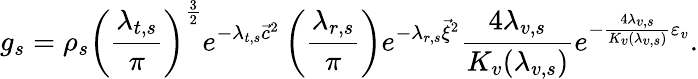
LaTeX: g_{s}=\rho_{s}\left(\frac{\lambda_{t,s}}{\pi}\right)^{\frac{3}{2}}e^{-\lambda_{t,s}{\vec{c}}^{2}}\left(\frac{\lambda_{r,s}}{\pi}\right)e^{-\lambda_{r,s}{\vec{\xi}}^{2}}\frac{4\lambda_{v,s}}{K_{v}(\lambda_{v,s})}e^{-\frac{4\lambda_{v,s}}{K_{v}(\lambda_{v,s})}\varepsilon_{v}}.